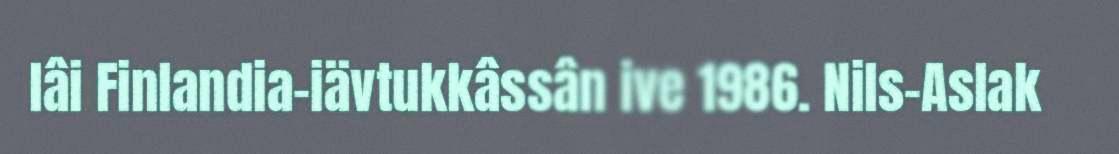
lâi Finlandia-iävtukkâssân ive 1986. Nils-Aslak